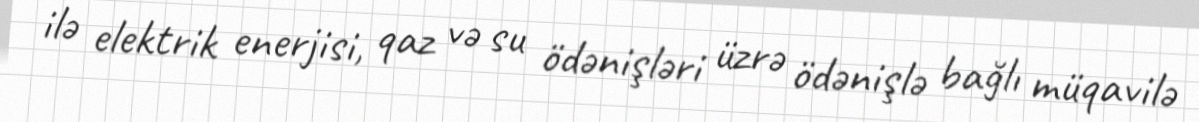
ilə elektrik enerjisi, qaz və su ödənişləri üzrə ödənişlə bağlı müqavilə